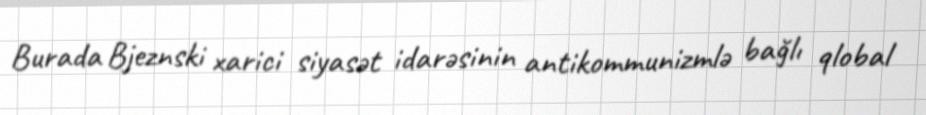
Burada Bjeznski xarici siyasət idarəsinin antikommunizmlə bağlı qlobal